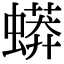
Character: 蟒